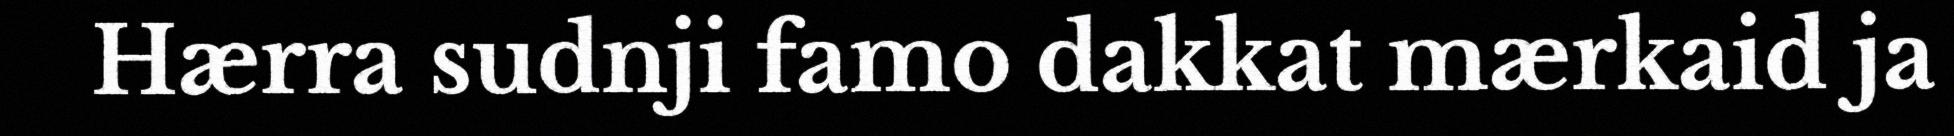
Hærra sudnji famo dakkat mærkaid ja